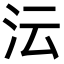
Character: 沄